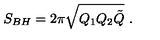
S _ { B H } = 2 \pi \sqrt { Q _ { 1 } Q _ { 2 } \tilde { Q } } \ .